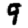
Digit: 9